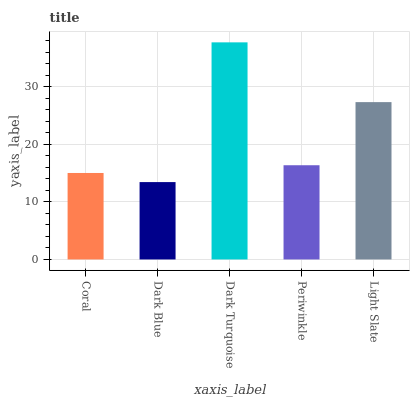
| xaxis_label | bars |
 | --- | --- |
 | Coral | 15 |
 | Dark Blue | 13.5 |
 | Dark Turquoise | 37.8 |
 | Periwinkle | 16.4 |
 | Light Slate | 27.4 |